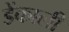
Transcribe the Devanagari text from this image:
डेंकाली